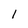
Character: I